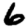
Digit: 6